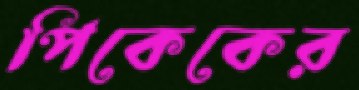
পিকেকের